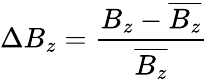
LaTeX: \Delta B_{z}=\frac{B_{z}-\overline{{B_{z}}}}{\overline{{B_{z}}}}